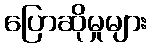
ပြောဆိုမှုများ